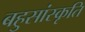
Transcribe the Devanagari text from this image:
बहुसांस्कृति